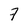
Character: 7